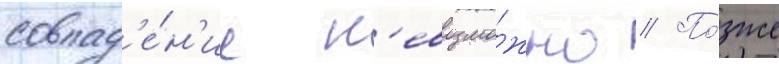
совпад'е́н'ие н'евозмо́жно // По́зже